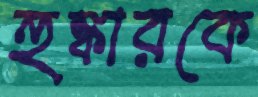
হুঙ্কারকে